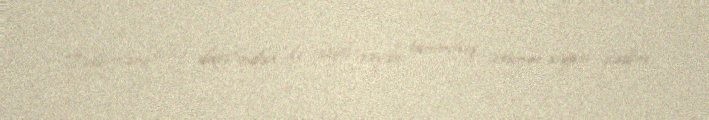
Tədbirlərə ölkə daxilindən də xeyli sayda tanınmış ictimai-siyasi xadim,